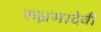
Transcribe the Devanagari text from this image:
रुध्रमादेवी